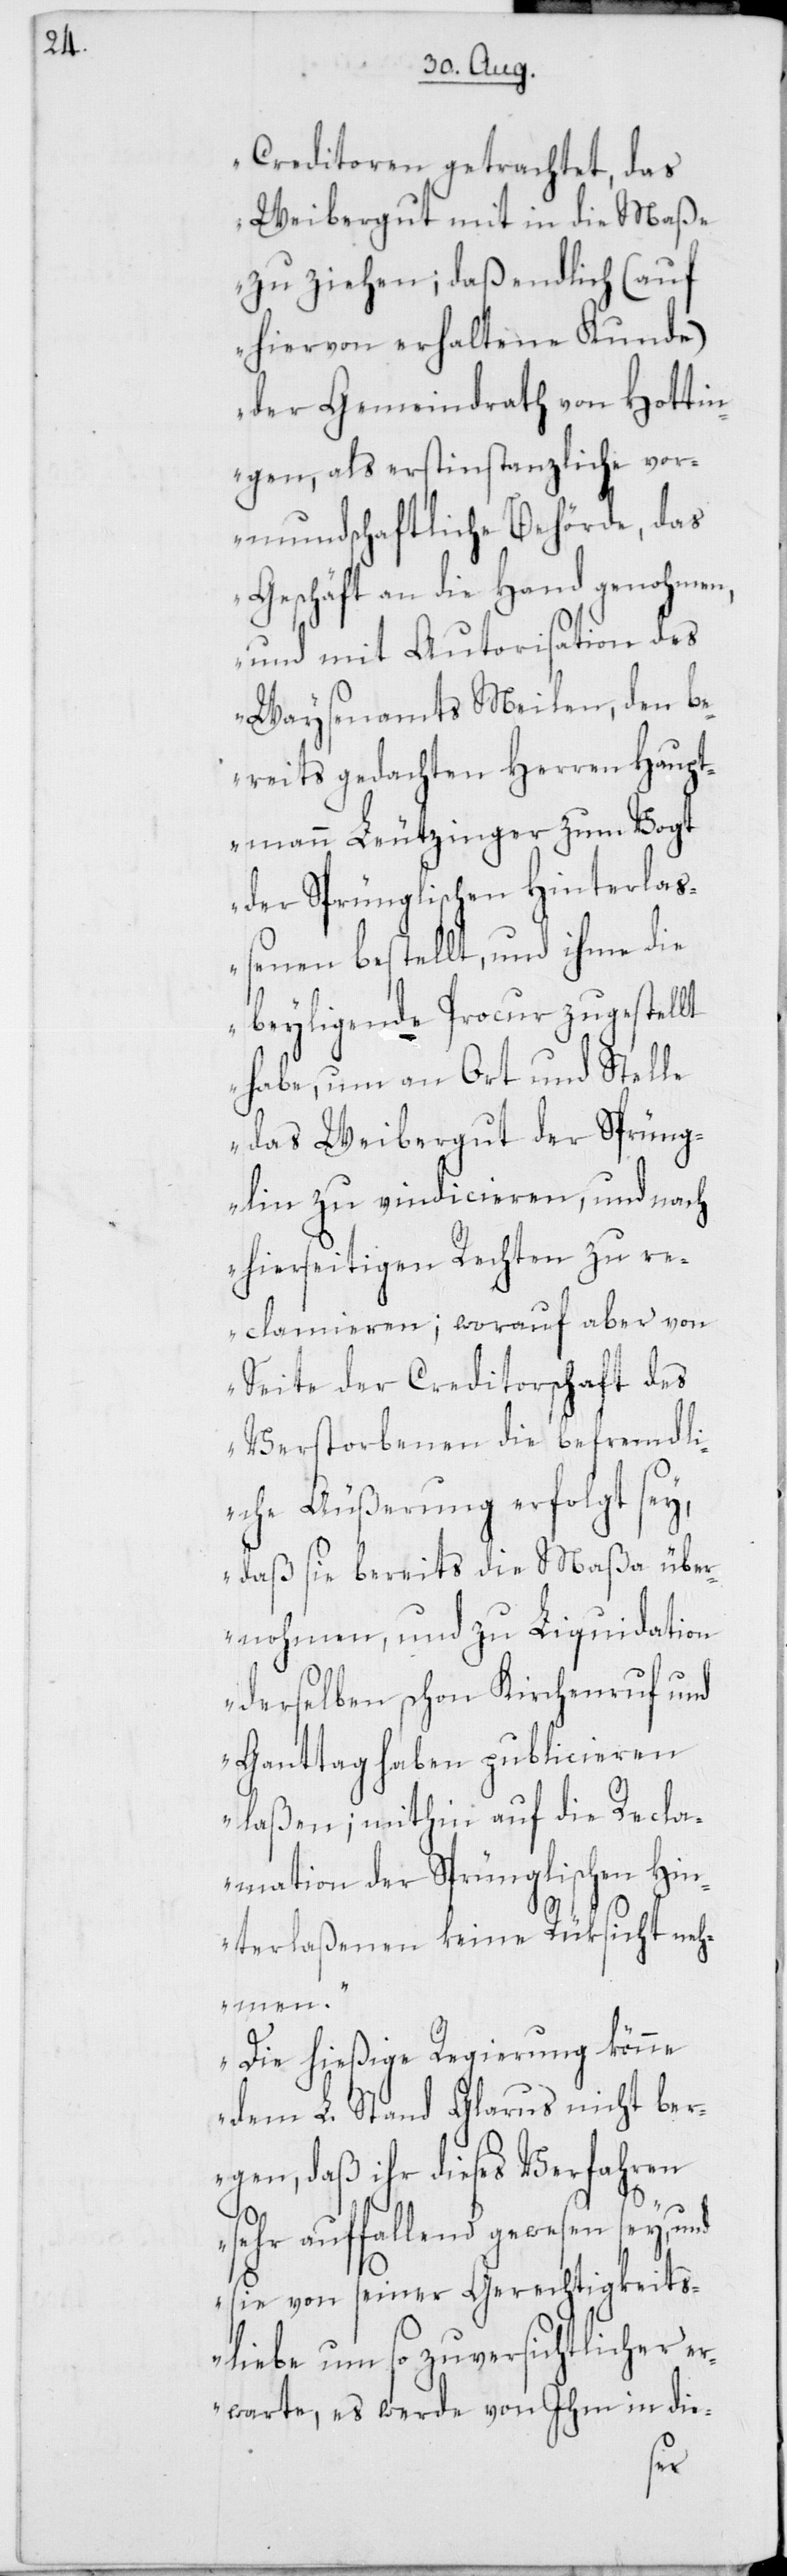
Creditoren getrachtet, das
Weibergut mit in die Maße
zu ziehen; daß endlich (auf
hiervon erhaltene Kunde)
der Gemeindrath von Hottin¬
gen, als erstinstanzliche vor¬
mundschaftliche Behörde, das
Geschäft an die Hand genohmen,
und mit Autorisation des
Waysenamts Meilen, den be¬
reits gedachten Herren Haupt¬
mann Leutzinger zum Vogt
der Sprünglischen Hinterla¬
ßenen bestellt, und ihme die
beyligende Procur zugestellt
habe, um an Ort und Stelle
das Weibergut der Sprüng¬
lin zu vindicieren, und nach
hierseitigen Rechten zu re¬
clamieren; worauf aber von
Seite der Creditorschaft des
Verstorbenen die befremdli¬
che Äußerung erfolgt sey,
daß sie bereits die Maßa über¬
nohmen, und zu Liquidation
derselben schon Kirchenruf und
Ganttag haben publicieren
laßen; mithin auf die Recla¬
mation der Sprünglischen Hin¬
terlaßenen keine Rücksicht neh¬
men.
Die hießige Regierung könne
dem L. Stand Glarus nicht ber¬
gen, daß ihr dieses Verfahren
sehr auffallend gewesen sey,
sie von seiner Gerechtigkeits¬
liebe um so zuversichtlicher er¬
warte, es werde von Ihm in die-